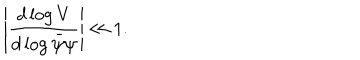
LaTeX: \left| \frac { d \log V } { d \log \bar { \psi } \psi } \right| \ll 1 .